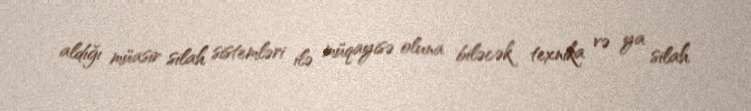
aldığı müasir silah sistemləri ilə müqayisə oluna biləcək texnika və ya silah